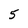
Character: 5